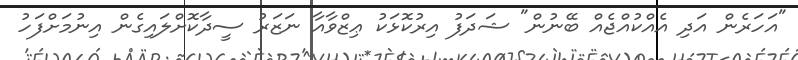
"އަހަރެން އަދި އެއްކުއްޖެއް ބޭނުން" ޝަދަފު އިރުކޮޅަކު ޢިޒްވާއާ ނަޒަރު ސީދާކޮށްލައިގެން އިނުމަށްފަހު